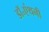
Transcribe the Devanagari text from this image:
डॉ॰एंथनी